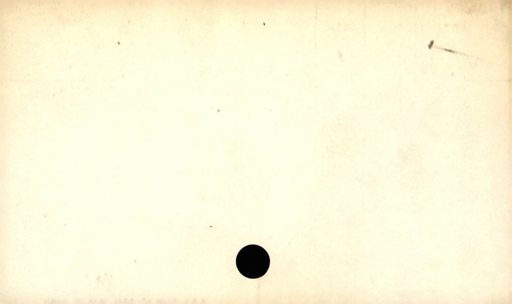
Label: blank